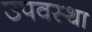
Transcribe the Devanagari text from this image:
उपवस्था